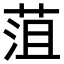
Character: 菹